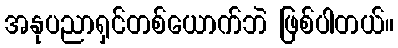
အနုပညာရှင်တစ်ယောက်ဘဲ ဖြစ်ပါတယ်။